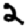
Digit: 2